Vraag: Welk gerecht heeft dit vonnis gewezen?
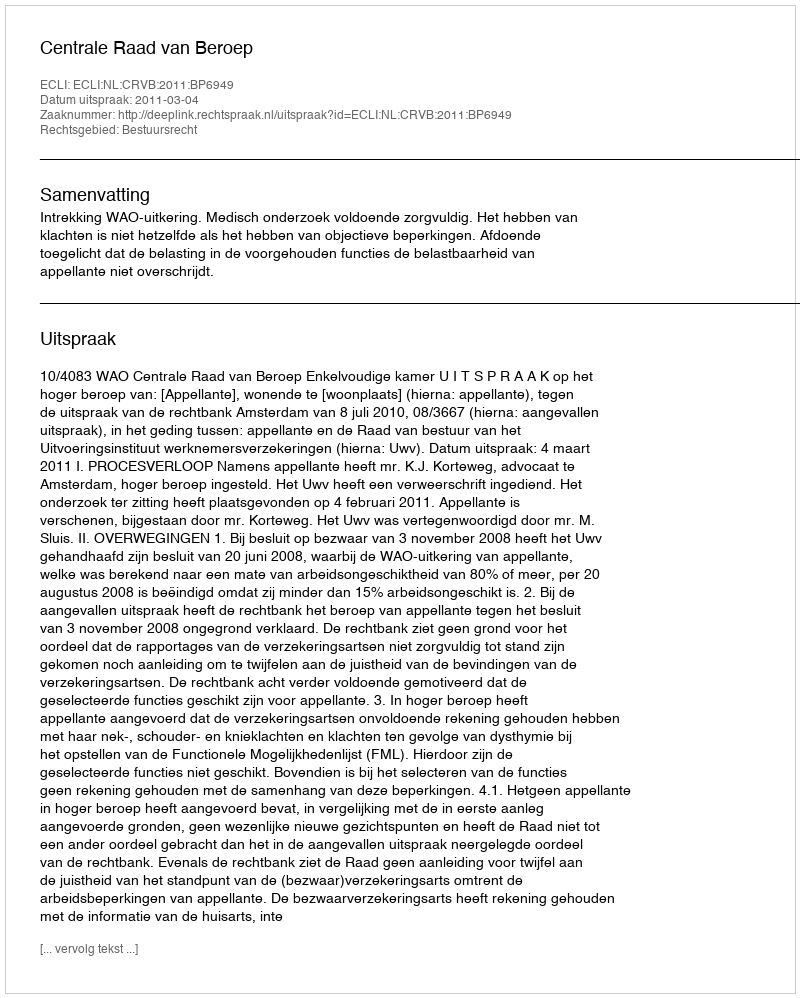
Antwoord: Centrale Raad van Beroep